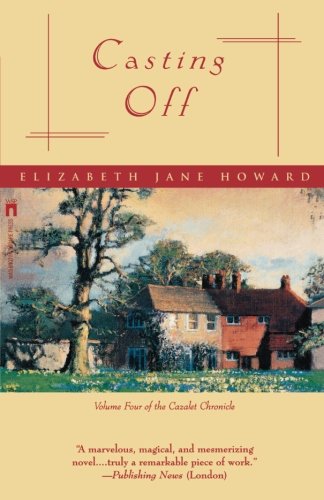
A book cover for Casting Off (Cazalet Chronicle) (Volume 4); Elizabeth Jane Howard; Children's Books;